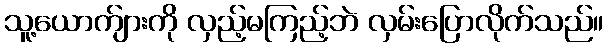
သူ့ယောက်ျားကို လှည့်မကြည့်ဘဲ လှမ်းပြောလိုက်သည်။